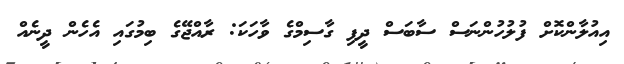
އިއުލާންކޮށް ފުލުހުންނަސް ސާބަސް ދީފި ގާސިމްގެ ވާހަކަ: ރާއްޖޭގެ ބިމުގައި އެހެން ދީނެއް